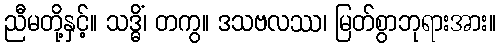
ညီမတို့နှင့်။ သဒ္ဓိံ၊ တကွ။ ဒသဗလဿ၊ မြတ်စွာဘုရားအား။